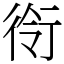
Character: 衑